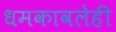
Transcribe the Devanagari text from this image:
धमकावलेही